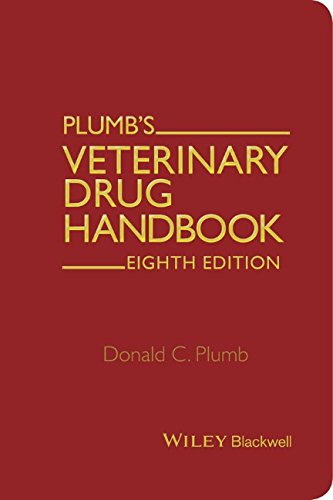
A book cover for Plumb's Veterinary Drug Handbook: Pocket; Donald C. Plumb; Medical Books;